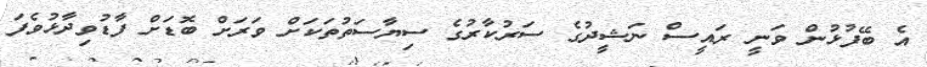
އެ ބޭފުޅުން ވަނީ ރައީސް ނަޝީދުގެ ސަރުކާރުގެ ސިޔާސަތުތަކަށް ވަރަށް ބޮޑަށް ފާޑުވިދާޅުވެފަ